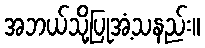
အဘယ်သို့ပြုအံ့သနည်း။